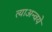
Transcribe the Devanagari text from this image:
त्याअन्वये